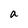
Character: a